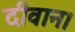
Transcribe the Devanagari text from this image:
दीवान।